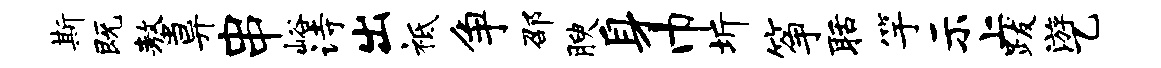
斯既螯异串峪诗出祗争邵腴身巾圻筝聒竽示上跋游乙